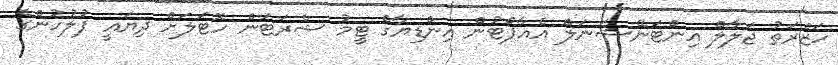
ހަޒްރަތު ޖަލާލް އިންޓަނޭޝަނަލް އެއާޕޯޓުން އިންޑިޔާގެ ޓީމު ޝެރަޓަން ހޮޓަލަށް ދިޔައީ ފުލުހުންގެ